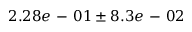
2 . 2 8 e \mathrm { ~ - ~ } 0 1 \pm 8 . 3 e \mathrm { ~ - ~ } 0 2